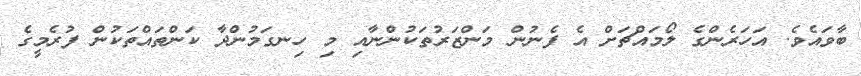
ބާވައެވެ. އަހަރެންގެ ލޯމައްޗަށް އެ ފެނުން މަންޒަރުތަކުންނާއި މި ހިނގަމުންދާ ކަންތައްތަކުން ފުރެމީގެ